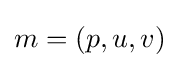
m=(p,u,v)